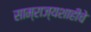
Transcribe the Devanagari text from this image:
साम्राज्यशाहीचे